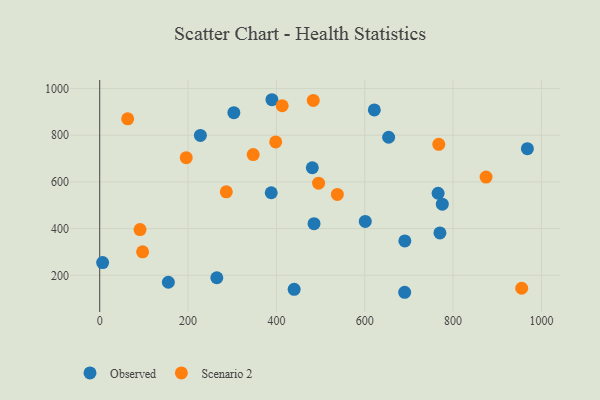
{"axis": {"x": "Study Hours", "y": "Rating"}, "legend": ["Observed", "Scenario 2"], "data": [{"x": "227.9", "y": 798.7, "type": "Observed"}, {"x": "303.7", "y": 896.0, "type": "Observed"}, {"x": "766.1", "y": 551.3, "type": "Observed"}, {"x": "265.1", "y": 189.6, "type": "Observed"}, {"x": "155.4", "y": 170.5, "type": "Observed"}, {"x": "690.4", "y": 127.5, "type": "Observed"}, {"x": "770.2", "y": 381.4, "type": "Observed"}, {"x": "6.6", "y": 254.5, "type": "Observed"}, {"x": "968.2", "y": 742.2, "type": "Observed"}, {"x": "481.3", "y": 660.5, "type": "Observed"}, {"x": "690.8", "y": 347.1, "type": "Observed"}, {"x": "485.2", "y": 421.2, "type": "Observed"}, {"x": "601.2", "y": 430.6, "type": "Observed"}, {"x": "621.7", "y": 907.9, "type": "Observed"}, {"x": "775.6", "y": 504.5, "type": "Observed"}, {"x": "388.3", "y": 553.4, "type": "Observed"}, {"x": "389.9", "y": 951.5, "type": "Observed"}, {"x": "654.1", "y": 791.0, "type": "Observed"}, {"x": "440.2", "y": 140.3, "type": "Observed"}, {"x": "538.0", "y": 546.2, "type": "Scenario 2"}, {"x": "413.1", "y": 925.7, "type": "Scenario 2"}, {"x": "767.6", "y": 760.6, "type": "Scenario 2"}, {"x": "195.9", "y": 703.6, "type": "Scenario 2"}, {"x": "63.3", "y": 869.8, "type": "Scenario 2"}, {"x": "97.1", "y": 300.8, "type": "Scenario 2"}, {"x": "955.3", "y": 144.7, "type": "Scenario 2"}, {"x": "347.5", "y": 716.7, "type": "Scenario 2"}, {"x": "286.6", "y": 557.5, "type": "Scenario 2"}, {"x": "483.5", "y": 948.7, "type": "Scenario 2"}, {"x": "874.7", "y": 620.5, "type": "Scenario 2"}, {"x": "91.3", "y": 395.7, "type": "Scenario 2"}, {"x": "495.5", "y": 594.2, "type": "Scenario 2"}, {"x": "398.4", "y": 771.1, "type": "Scenario 2"}]}